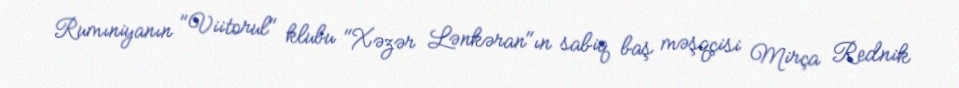
Rumıniyanın "Viitorul" klubu "Xəzər Lənkəran"ın sabiq baş məşqçisi Mirça Rednik